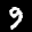
Label: 9